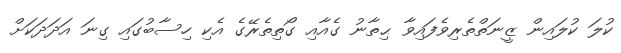
ކުލަ ކުލައިން ޒީނަތްތެރިވެފައިވާ ޙިތާނު ގެއާއި ގޯތިތެރޭގެ އެކި ހިސާބުގައި ގިނަ އަދަދަކަށް